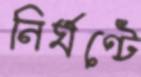
নির্ঘণ্টে